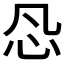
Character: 𰐽